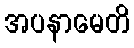
အပနာမေတိ